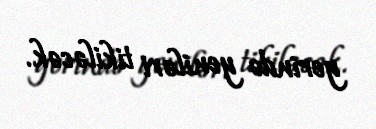
yerində yeniləri tikiləcək.